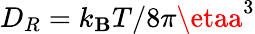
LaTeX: D_{R}=k_{\mathbf{B}}T/8\pi\etaa^{3}